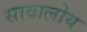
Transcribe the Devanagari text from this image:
सावालोय